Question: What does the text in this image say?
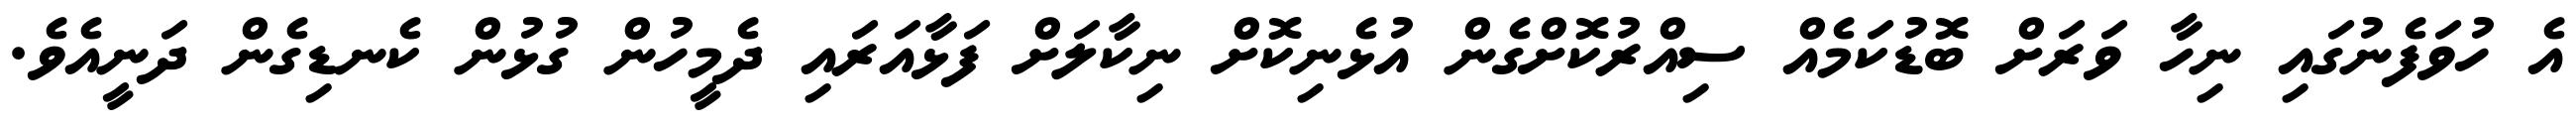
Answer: އެ ހުވަފެނުގައި ނިހާ ވަރަށް ބޮޑުކަމެއް ސިއްރުކޮށްގެން އުޅެނިކޮށް ނިކާލަށް ފަޅާއަރައި ދެމީހުން ގުޅުން ކެނޑިގެން ދަނީއެވެ.